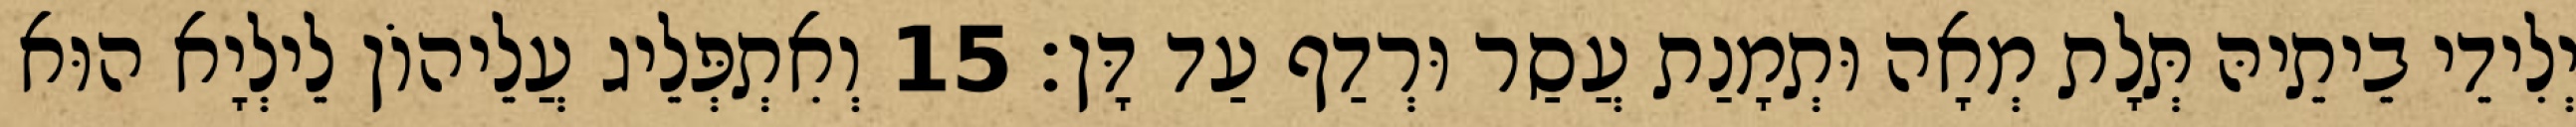
יְלִידֵי בֵיתֵיהּ תְּלָת מְאָה וּתְמָנַת עֲסַר וּרְדַף עַד דָּן׃ 15 וְאִתְפְּלֵיג עֲלֵיהוֹן לֵילְיָא הוּא